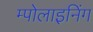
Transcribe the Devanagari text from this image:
म्पोलाइनिंग